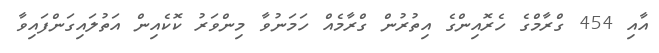
އާއި 454 ގްރާމްގެ ހެރޮއިންގެ އިތުރުން ގްރާމެއް ހަމަނުވާ މިންވަރު ކޮކެއިން އަތުލައިގަންފައިވާ